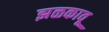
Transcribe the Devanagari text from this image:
झळकावू